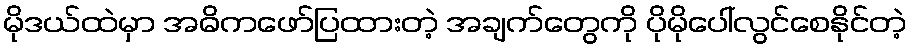
မိုဒယ်ထဲမှာ အဓိကဖော်ပြထားတဲ့ အချက်တွေကို ပိုမိုပေါ်လွင်စေနိုင်တဲ့